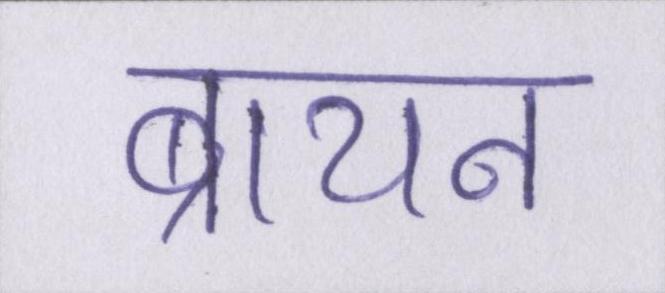
ब्रायन